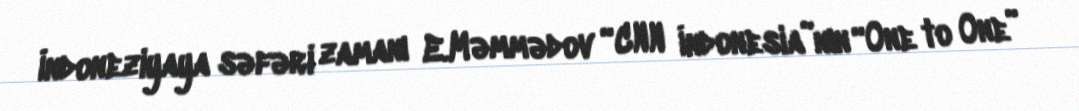
İndoneziyaya səfəri zamanı E.Məmmədov “CNN İndonesia”nın “One to One”